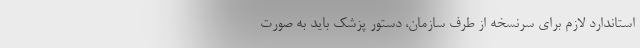
استاندارد لازم برای سرنسخه از طرف سازمان، دستور پزشک باید به صورت